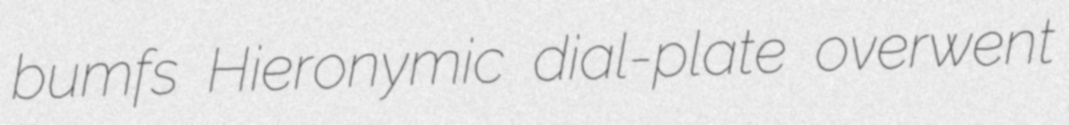
bumfs Hieronymic dial-plate overwent